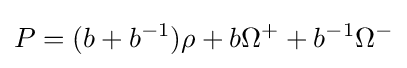
P=(b+b^{-1})\rho +b\Omega ^{+}+b^{-1}\Omega ^{-}